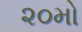
૨૦મો